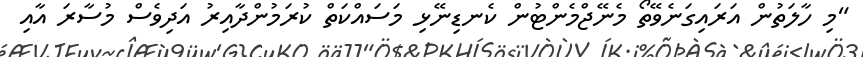
"މި ހާލަތުން އަރައިގަނެވޭތޯ މެނޭޖްމެންޓުން ކެނޑިނޭޅި މަސައްކަތް ކުރަމުންދާއިރު އަދިވެސް މުސާރަ އާއި